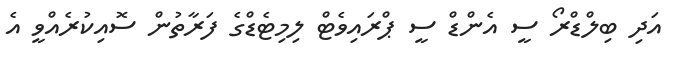
އަދި ބިލްޑްރޯ ސީ އެންޑް ސީ ޕްރައިވެޓް ލިމިޓެޑްގެ ފަރާތުން ސޮއިކުރެއްވީ އެ